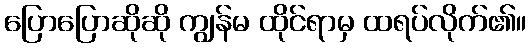
ပြောပြောဆိုဆို ကျွန်မ ထိုင်ရာမှ ထရပ်လိုက်၏။